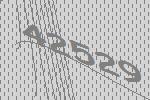
42529